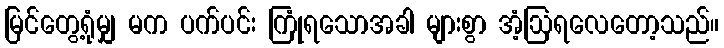
မြင်တွေ့ရုံမျှ မက ပက်ပင်း ကြုံရသောအခါ များစွာ အံ့ဩရလေတော့သည်။